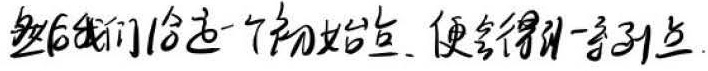
然后我们选取一个初始点，便会得到一系列点。